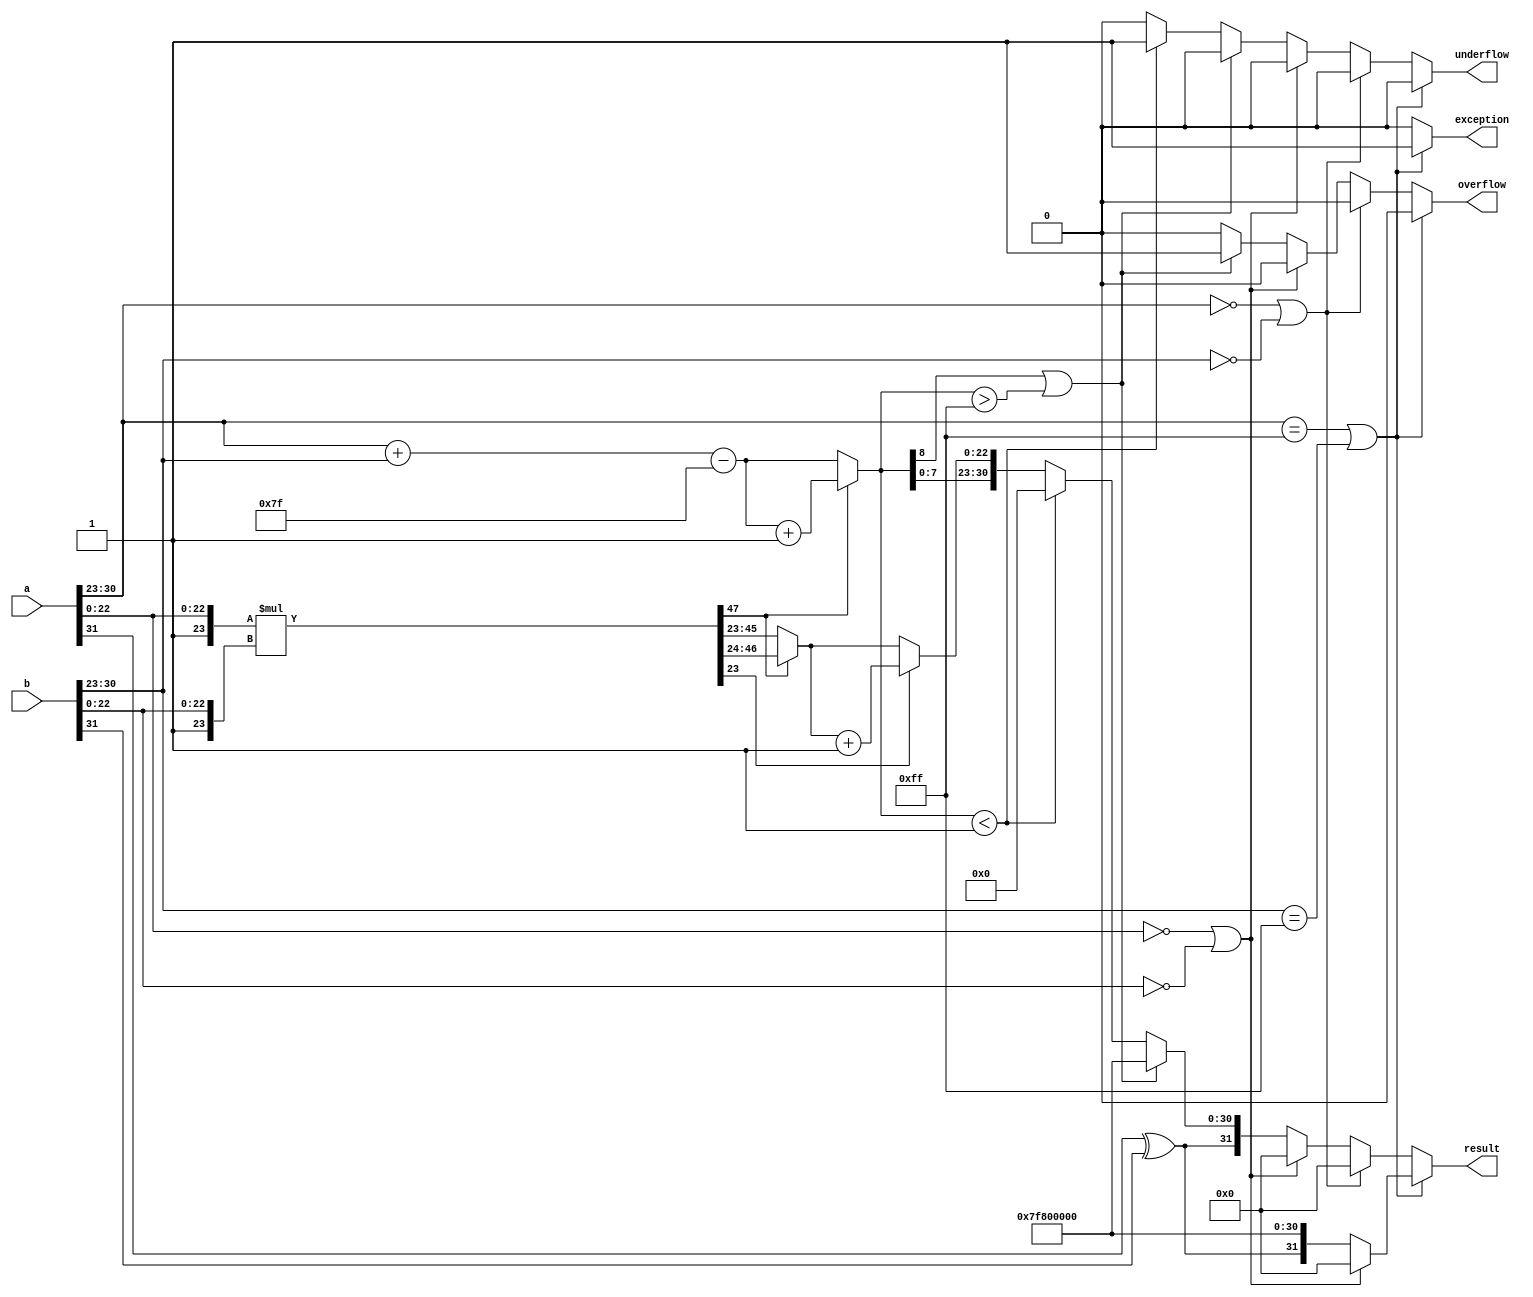
module floating_point_multiplier (
    input  wire [31:0] a,          // Input floating-point number a
    input  wire [31:0] b,          // Input floating-point number b
    output reg  [31:0] result,     // Output floating-point result
    output reg  overflow,           // Overflow flag
    output reg  underflow,          // Underflow flag
    output reg  exception           // Exception flag (NaN or infinity)
);

    // Constants
    localparam EXPONENT_BIAS = 127;
    localparam EXPONENT_MAX = 255; // 2^8 - 1
    localparam EXPONENT_MIN = 1;   // Denormalized numbers have exponent 0

    // Internal signals
    wire sign_a = a[31];
    wire sign_b = b[31];
    wire [7:0] exp_a = a[30:23];
    wire [7:0] exp_b = b[30:23];
    wire [22:0] mant_a = a[22:0];
    wire [22:0] mant_b = b[22:0];

    wire [23:0] mant_a_full = {1'b1, mant_a}; // Implicit leading 1
    wire [23:0] mant_b_full = {1'b1, mant_b}; // Implicit leading 1

    // Multiplication of mantissas (48 bits to avoid overflow)
    wire [47:0] mant_product = mant_a_full * mant_b_full;

    // Exponent calculation
    wire [8:0] exp_result = exp_a + exp_b - EXPONENT_BIAS;

    // Normalization
    reg [23:0] mantissa;
    reg [8:0] exp_final;
    reg [47:0] mant_temp;

    always @(*) begin
        // Default values
        result = 32'b0;
        overflow = 1'b0;
        underflow = 1'b0;
        exception = 1'b0;

        // Handle special cases
        if (exp_a == 8'b11111111 || exp_b == 8'b11111111) begin // Check for infinity
            if (mant_a == 23'b0 || mant_b == 23'b0) begin
                result = 32'b0; // 0 * inf = 0
            end else begin
                result = {sign_a ^ sign_b, 8'b11111111, 23'b0}; // inf result
            end
            exception = 1'b1;
        end else if (exp_a == 8'b00000000 || exp_b == 8'b00000000) begin // Check for zero
            result = 32'b0; // 0 * anything = 0
        end else if (mant_a == 23'b0 || mant_b == 23'b0) begin // Check for zero mantissa
            result = 32'b0; // anything * 0 = 0
        end else begin
            // Normal multiplication
            mant_temp = mant_product;

            // Normalize the result
            if (mant_temp[47]) begin // If the product is greater than or equal to 2
                mantissa = mant_temp[46:24]; // Shift right
                exp_final = exp_result + 1; // Increase exponent
            end else begin
                mantissa = mant_temp[45:23]; // Keep as is
                exp_final = exp_result; // Exponent remains the same
            end

            // Check for overflow and underflow
            if (exp_final[8] || exp_final > EXPONENT_MAX) begin
                overflow = 1'b1; // Overflow condition
                result = {sign_a ^ sign_b, 8'b11111111, 23'b0}; // Set to infinity
            end else if (exp_final < EXPONENT_MIN) begin
                underflow = 1'b1; // Underflow condition
                result = {sign_a ^ sign_b, 8'b00000000, 23'b0}; // Set to zero
            end else begin
                // Rounding (round to nearest even)
                if (mant_temp[23]) begin // Check for rounding
                    mantissa = mantissa + 1;
                end

                // Assemble the result
                result = {sign_a ^ sign_b, exp_final[7:0], mantissa[22:0]};
            end
        end
    end
endmodule